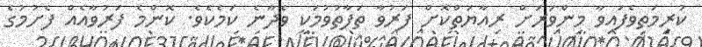
ކުރިމަތިވެފައިވާ މިންވަރަށް ރިއާޔަތްކޮށް ފަރުވާ ތަފާތުވުމަކީ ވެދާނެ ކަމެކެވެ. ކޮންމެ ފަރުވާއެއް ފެށުމުގެ